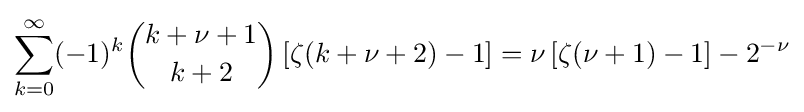
\sum _{k=0}^{\infty }(-1)^{k}{k+\nu +1 \choose k+2}\left[\zeta (k+\nu +2)-1\right]=\nu \left[\zeta (\nu +1)-1\right]-2^{-\nu }